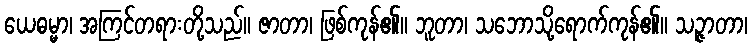
ယေဓမ္မာ၊ အကြင်တရားတို့သည်။ ဇာတာ၊ ဖြစ်ကုန်၏။ ဘူတာ၊ သဘောသို့ရောက်ကုန်၏။ သဉ္ဇာတာ၊